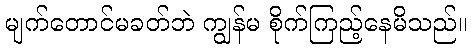
မျက်တောင်မခတ်ဘဲ ကျွန်မ စိုက်ကြည့်နေမိသည်။